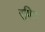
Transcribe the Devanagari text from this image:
रषिद